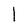
Character: I